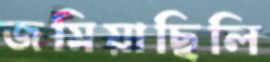
জমিয়াছিলি